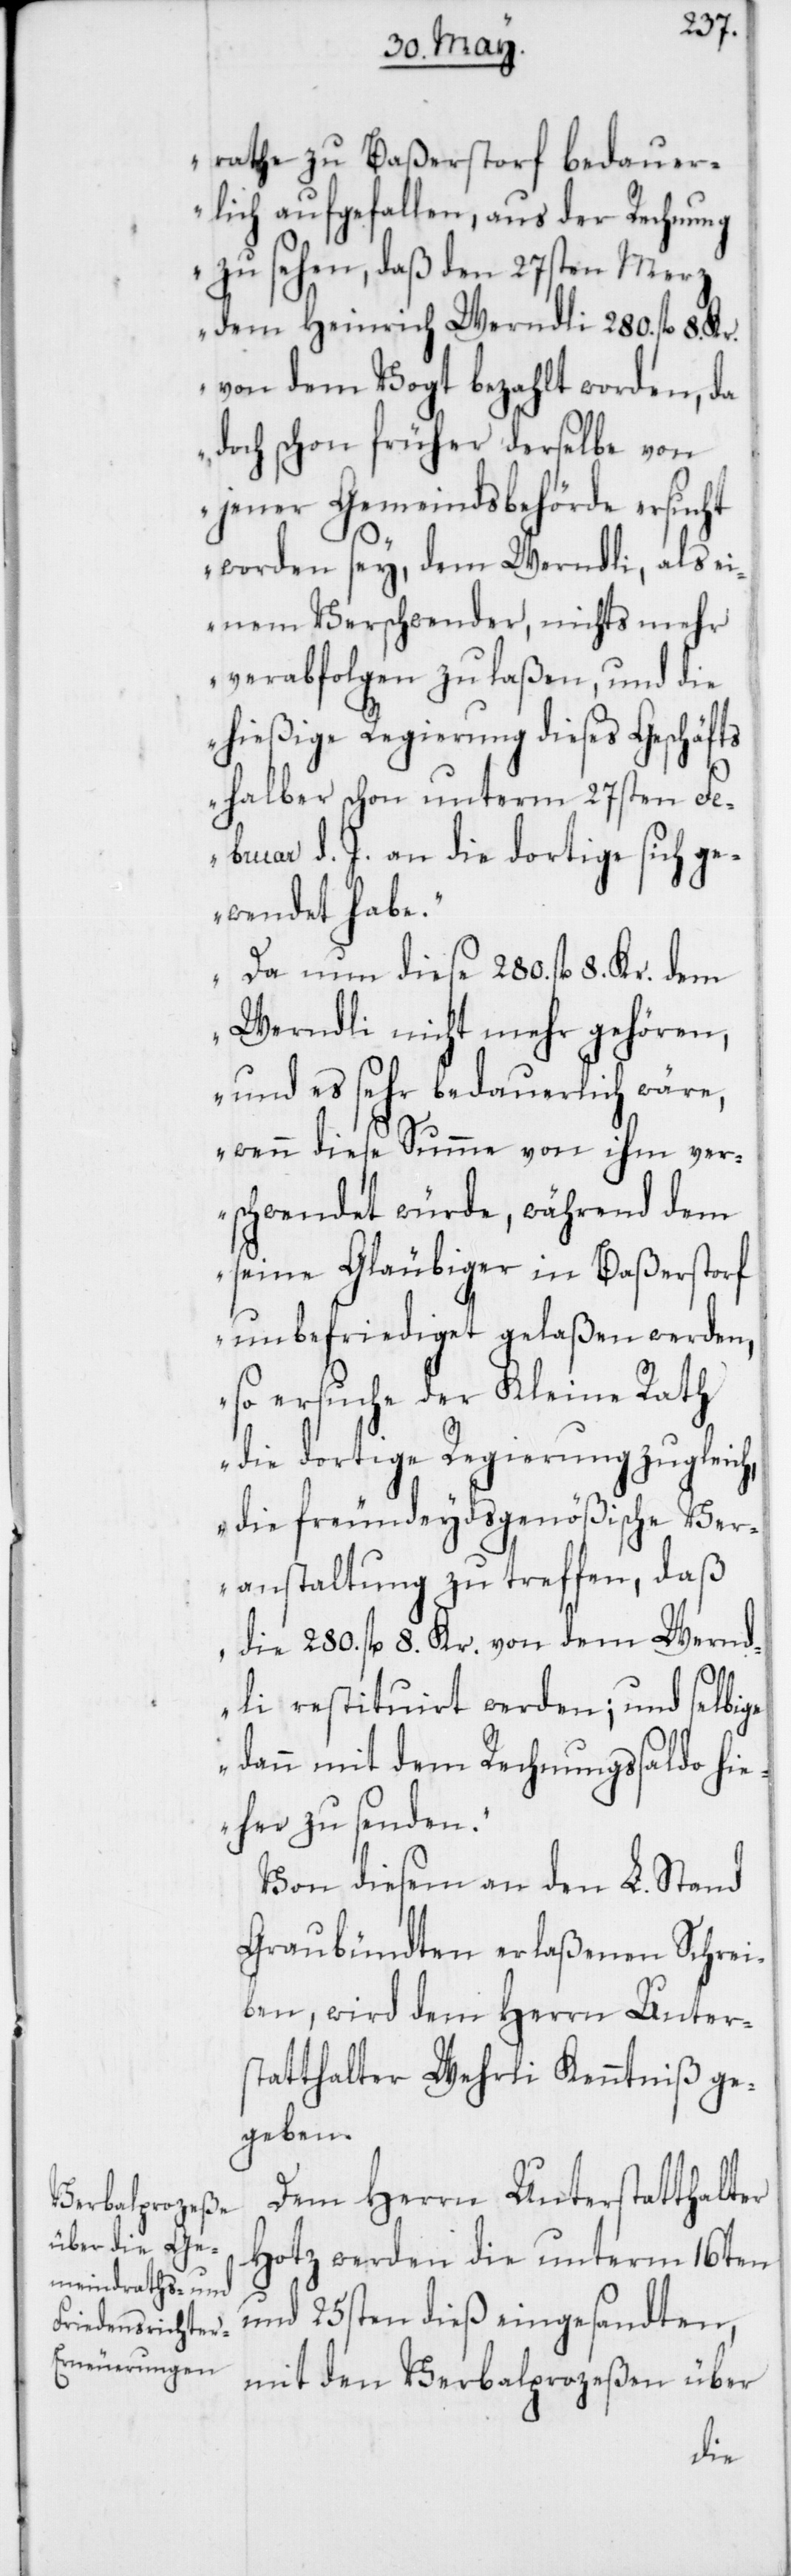
rathe zu Baßerstorf bedauer¬
lich aufgefallen, aus der Rechnung
zu sehen, daß den 27sten Merz
dem Heinrich Werndli 280. fl. 8.
von dem Vogt bezahlt worden, da
doch schon früher derselbe von
jener Gemeindsbehörde ersucht
worden sey, dem Werndli, als ei¬
nem Verschwender, nichts mehr
verabfolgen zu laßen, und die
hießige Regierung dieses Geschäfts
halber schon unterm 27sten Fe¬
bruar d. J. an die dortige sich g¬
ewendet habe.
Da nun diese 280. fl. 8. Kr. dem
Werndli nicht mehr gehören,
und es sehr bedauerlich wäre,
wenn diese Summe von ihm ver¬
schwendet würde, während dem
seine Gläubiger in Baßerstorf
unbefriediget gelaßen werden,
so ersuche der Kleine Rath
die dortige Regierung zugleich,
die freundeydsgenößische Ver¬
anstaltung zu treffen, daß
die 280. fl. 8. Kr. von dem Wernd¬
li restituirt werden; und selbige
dann mit dem Rechnungssaldo hi¬
eher zu senden.“
Von diesem an den L. Stand
Graubündten erlaßenen Schrei¬
ben, wird dem Herrn Unter¬
statthalter Wehrli Kenntniß ge¬
geben.
Dem Herrn Unterstatthalter
Hotz werden die unterm 16ten
und 25sten dieß eingesandten,
mit den Verbalprozeßen über